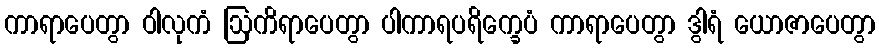
ကာရာပေတွာ ဝါလုကံ ဩကိရာပေတွာ ပါကာရပရိက္ခေပံ ကာရာပေတွာ ဒွါရံ ယောဇာပေတွာ